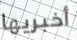
أخبريها